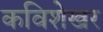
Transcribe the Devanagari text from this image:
कविशेखर